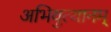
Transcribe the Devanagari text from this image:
अभियुत्थानम्